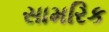
સામરિક